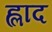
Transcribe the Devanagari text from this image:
ह्लाद